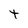
Character: t